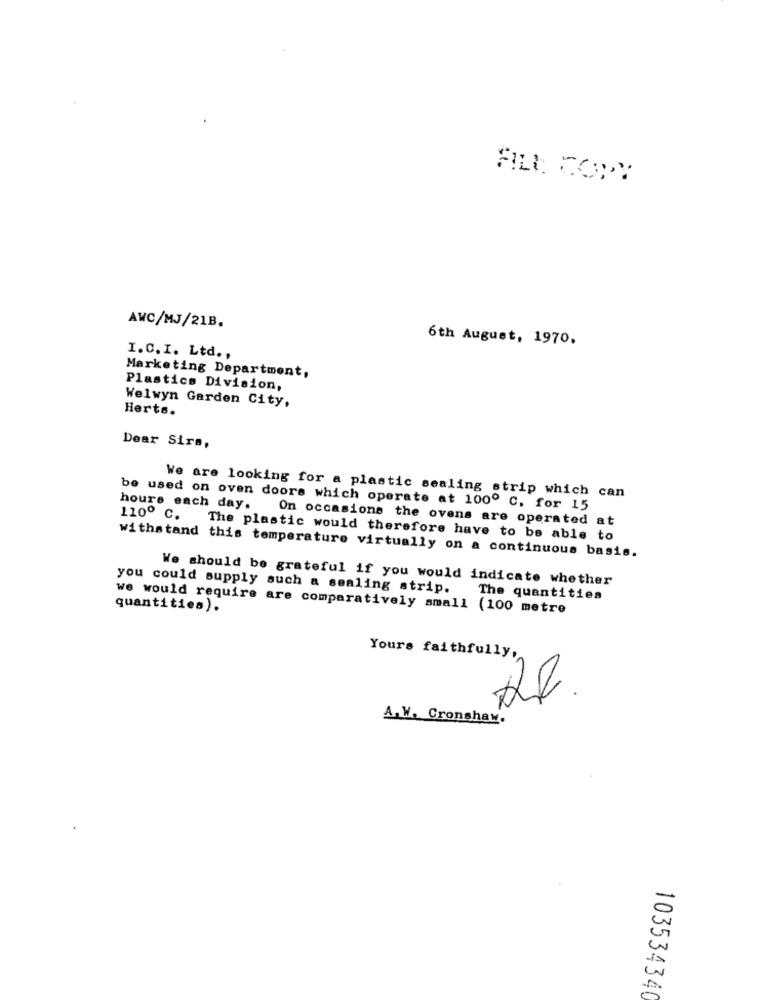
AWC/MJ/21B.
6th August, 1970.
I.C.I. Ltd .,
Marketing Department,
Plastics Division,
Welwyn Garden City,
Herts.
Dear Sirs,
We are looking for a plastic sealing strip which can
hours each day.
be used on oven doors which operate at 100º C. for 15
110º c.
On occasions the ovens are operated at
The plastic would therefore have to be able to
withstand this temperature virtually on a continuous basis.
We should be grateful if you would indicate whether
you could supply such a sealing strip. The quantities
quantities).
we would require are comparatively small (100 metre
Yours faithfully,
A. W. Cronshaw.
103534340